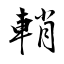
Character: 輎